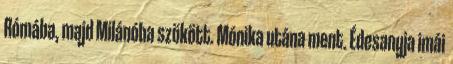
Rómába, majd Milánóba szökött. Mónika utána ment. Édesanyja imái